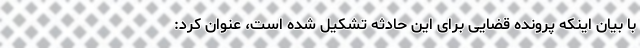
با بیان اینکه پرونده قضایی برای این حادثه تشکیل شده است، عنوان کرد: